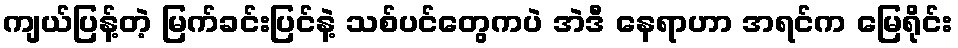
ကျယ်ပြန့်တဲ့ မြက်ခင်းပြင်နဲ့ သစ်ပင်တွေကပဲ အဲဒီ နေရာဟာ အရင်က မြေရိုင်း